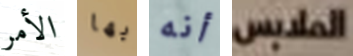
الأمر بها أنه الملابس